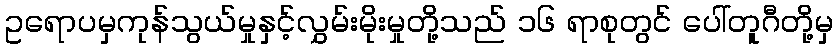
ဥရောပမှကုန်သွယ်မှုနှင့်လွှမ်းမိုးမှုတို့သည် ၁၆ ရာစုတွင် ပေါ်တူဂီတို့မှ